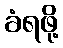
ခံရဖို့